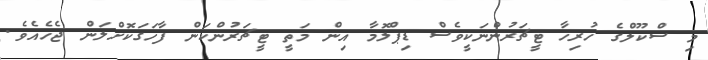
މި ސްކޫލްގެ ހުރިހާ ޓީޗަރުންނަކީވެސް ޑިޕްލޮމާ އިން މަތީ ޓީޗަރުންކަން ފާހަގަކޮށްލަން ޖެހެއެވެ.